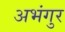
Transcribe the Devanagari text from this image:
अभंगुर